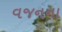
વજનના